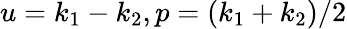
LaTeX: u=k_{1}-k_{2},p=(k_{1}+k_{2})/2